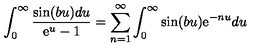
\int _ { 0 } ^ { \infty } { \frac { \sin ( b u ) d u } { \mathrm { e } ^ { u } - 1 } } = \sum _ { n = 1 } ^ { \infty } \int _ { 0 } ^ { \infty } \sin ( b u ) \mathrm { e } ^ { - n u } d u